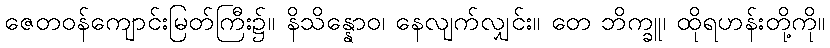
ဇေတဝန်ကျောင်းမြတ်ကြီး၌။ နိသိန္နောဝ၊ နေလျက်လျှင်း။ တေ ဘိက္ခူ၊ ထိုရဟန်းတို့ကို။